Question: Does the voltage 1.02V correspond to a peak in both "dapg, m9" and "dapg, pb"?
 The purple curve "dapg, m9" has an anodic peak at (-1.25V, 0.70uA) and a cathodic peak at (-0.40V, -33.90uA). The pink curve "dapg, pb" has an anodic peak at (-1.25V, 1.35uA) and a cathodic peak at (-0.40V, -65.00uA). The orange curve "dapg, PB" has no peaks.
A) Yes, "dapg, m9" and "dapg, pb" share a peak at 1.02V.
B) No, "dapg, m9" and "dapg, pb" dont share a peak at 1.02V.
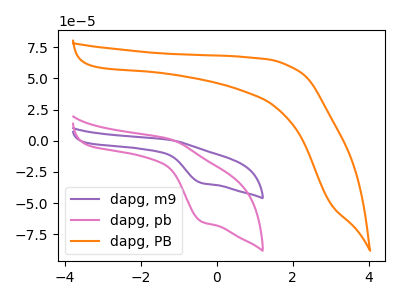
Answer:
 <answer>B) No, "dapg, m9" and "dapg, pb" dont share a peak at 1.02V.</answer>
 <eval>B</eval>